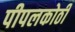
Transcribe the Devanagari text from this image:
पीपलकोठी